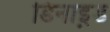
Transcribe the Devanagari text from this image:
डिनाइ़ड